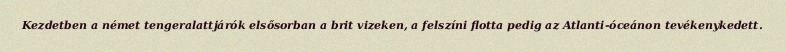
Kezdetben a német tengeralattjárók elsősorban a brit vizeken, a felszíni flotta pedig az Atlanti-óceánon tevékenykedett.